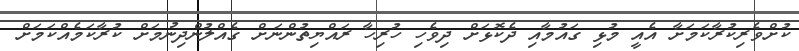
ކުށްވެރިކުރާކަމަށާ އެއީ މުޅި ގައުމާއި ދެކޮޅަށް ދިވެހި ހުރިހާ ރައްޔިތުންނަށް ގެއްލުންދިނުމަށް ކުރާކަމެއްކަމަށް